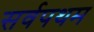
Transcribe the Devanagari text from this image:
सर्वपथम